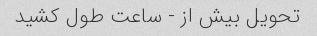
تحویل بیش از - ساعت طول کشید